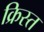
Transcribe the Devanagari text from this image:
क्रिस्त